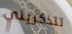
تتذكريني